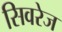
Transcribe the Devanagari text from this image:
सिवरेज